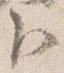
臣